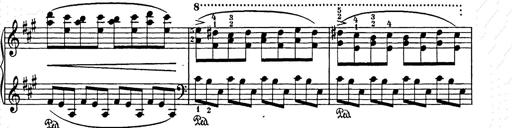
Title: Weihnachtsbaum
Composer: Franz Liszt